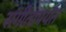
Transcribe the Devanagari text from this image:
संगीतापर्यंत